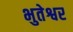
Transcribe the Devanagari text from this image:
भुतेश्वर